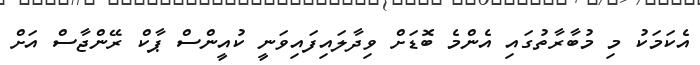
އެކަމަކު މި މުބާރާތުގައި އެންމެ ބޮޑަށް ވިދާލައިފައިވަނީ ކުއީންސް ޕާކް ރޭންޖާސް އަށް